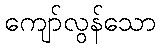
ကျော်လွန်သော